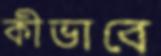
কীভাবে